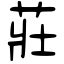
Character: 莊